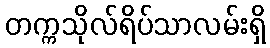
တက္ကသိုလ်ရိပ်သာလမ်းရှိ